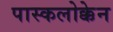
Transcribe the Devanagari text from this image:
पास्कलोक्केन